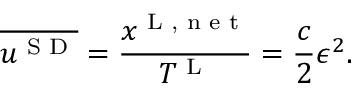
\overline { { u ^ { \textnormal { S D } } } } = \frac { x ^ { \textnormal { L , n e t } } } { T ^ { \textnormal { L } } } = \frac { c } { 2 } \epsilon ^ { 2 } .